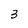
Character: 3